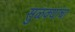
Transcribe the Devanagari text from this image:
सुळक्यांचा